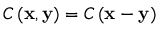
C \left( \mathbf { x } , \mathbf { y } \right) = C \left( \mathbf { x } - \mathbf { y } \right)